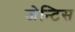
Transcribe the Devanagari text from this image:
जेन्टिस